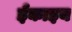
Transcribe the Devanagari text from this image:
ईकाइय